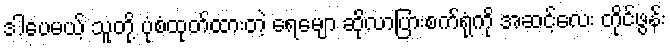
ဒါပေမယ့် သူတို့ ပုံစံထုတ်ထားတဲ့ ရေမျော ဆိုလာပြားစက်ရုံကို အဆင့်လေး တိုင်ဖွန်း